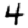
Digit: 4